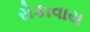
રોકાવાય